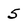
Character: 5